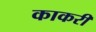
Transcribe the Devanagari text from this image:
काकरी